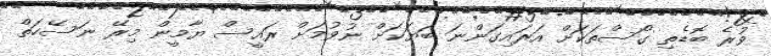
ވުރެ ބޮޑެތި ގޯސްތަކަށް އަރައިގަންނަ ބަޔަކަށް ނުވުމަަށް ރައީސް ޔާމީން މިރޭ ނަސޭހަތް